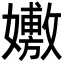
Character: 𡣷